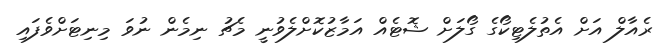
ރެއާލް އަށް އެތުލެޓިކޯގެ ގޯލަށް ޝޮޓެއް އަމާޒުކޮށްލެވުނީ މެޗު ނިމެން ނުވަ މިނިޓަށްވެފައި